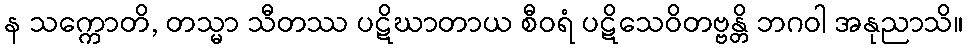
န သက္ကောတိ, တသ္မာ သီတဿ ပဋိဃာတာယ စီဝရံ ပဋိသေဝိတဗ္ဗန္တိ ဘဂဝါ အနုညာသိ။